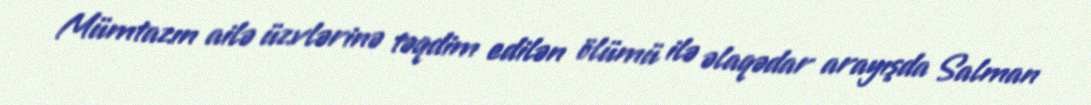
Mümtazın ailə üzvlərinə təqdim edilən ölümü ilə əlaqədar arayışda Salman